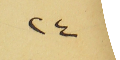
٢٤